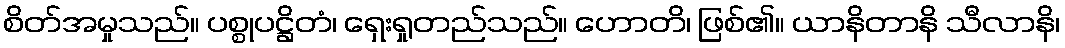
စိတ်အမှုသည်။ ပစ္စုပဋ္ဌိတံ၊ ရှေးရှုတည်သည်။ ဟောတိ၊ ဖြစ်၏။ ယာနိတာနိ သီလာနိ၊